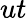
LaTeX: ut